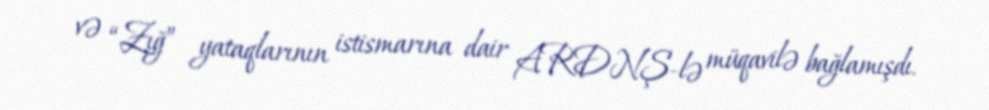
və “Zığ” yataqlarının istismarına dair ARDNŞ-lə müqavilə bağlamışdı.